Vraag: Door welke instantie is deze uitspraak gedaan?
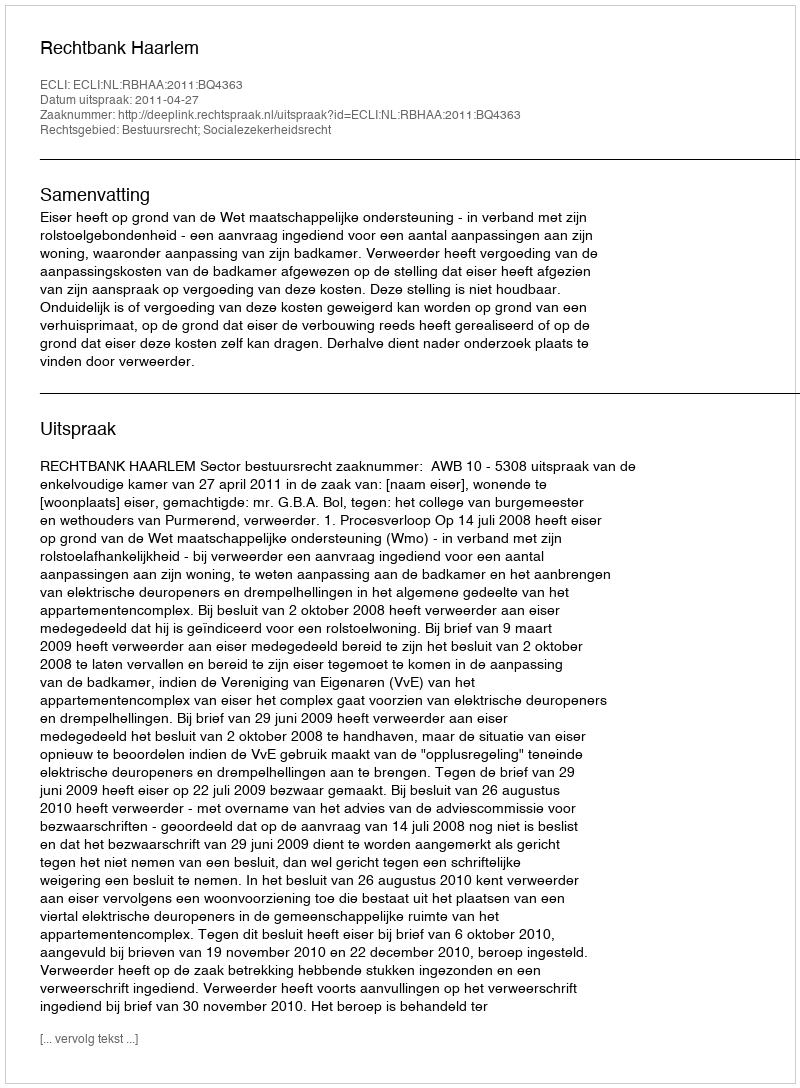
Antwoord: Rechtbank Haarlem